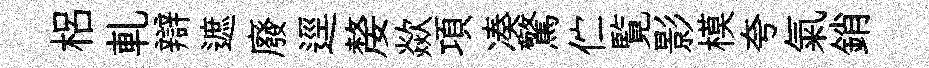
梠軋辯遮廢逕嫠歘項凑驚伫覧影模夸氣銷